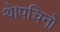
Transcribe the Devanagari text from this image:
थे।पचिनो